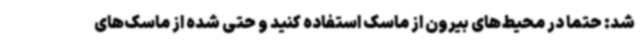
شد: حتما در محیط‌های بیرون از ماسک استفاده کنید و حتی شده از ماسک‌های